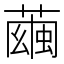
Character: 𦻷